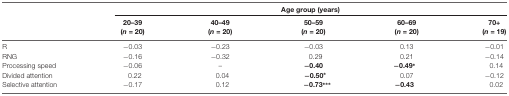
|  | <COLSPAN=5> Age group (years) |
 |  | 20–39 (n = 20) | 40–49 (n = 20) | 50–59 (n = 20) | 60–69 (n = 20) | 70+ (n = 19) |
 | --- | --- | --- | --- | --- | --- |
 | R | −0.03 | −0.23 | −0.03 | 0.13 | −0.01 |
 | RNG | −0.16 | −0.32 | 0.29 | 0.21 | −0.14 |
 | Processing speed | −0.06 | – | −0.40 | −0.49* | 0.14 |
 | Divided attention | 0.22 | 0.04 | −0.50* | 0.07 | −0.12 |
 | Selective attention | −0.17 | 0.12 | −0.73*** | −0.43 | 0.02 |